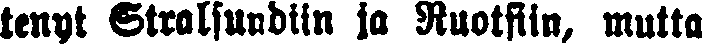
tenyt Stralsundiln ja Ruotsiin, mutta